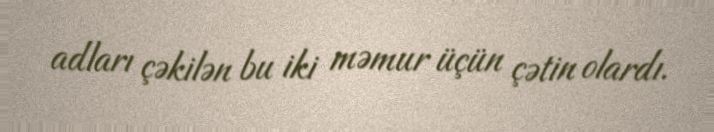
adları çəkilən bu iki məmur üçün çətin olardı.